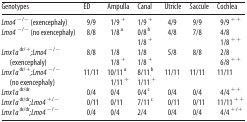
| Genotypes | ED | Ampulla | Canal | Utricle | Saccule | Cochlea |
 | --- | --- | --- | --- | --- | --- | --- |
 | Lmo4−/− (exencephaly) | 9/9 | 1/9+ | 1/9+ | 4/9 | 9/9 | 9/9++ |
 | Lmo4−/− (no exencephaly) | 8/8 | 1/8a | 0/8b | 4/8 | 7/8 | 4/8 |
 |  |  |  | 1/8+ |  |  | 1/8++ |
 | Lmx1adr/+;Lmo4−/− | 8/8 | 1/8 | 1/8 | 5/8 | 8/8 | 2/8 |
 | (exencephaly) |  | 1/8+ | 1/8+ |  |  | 6/8++ |
 | Lmx1adr/+;Lmo4−/− | 11/11 | 10/11a | 8/11b | 11/11 | 11/11 | 11/11 |
 | (no exencephaly) |  | 1/11+ | 1/11+ |  |  |  |
 | Lmx1adr/dr | 0/4 | 0/4 | 0/4c | 0/4 | 0/4 | 4/4++ |
 | Lmx1adr/dr;Lmo4+/− | 0/11 | 0/11 | 7/11c | 0/11 | 0/11 | 11/11++ |
 | Lmx1adr/dr;Lmo4−/− | 0/4 | 0/4 | 2/4 | 0/4 | 0/4 | 4/4+/+ |